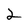
Character: 2